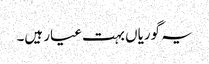
یہ گوریاں بہت عیار ہیں۔